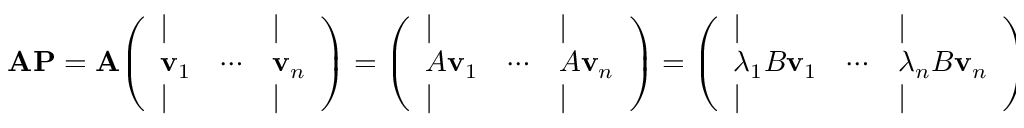
\mathbf { A } \mathbf { P } = \mathbf { A } { \left( \begin{array} { l l l } { | } & { } & { | } \\ { \mathbf { v } _ { 1 } } & { \cdots } & { \mathbf { v } _ { n } } \\ { | } & { } & { | } \end{array} \right) } = { \left( \begin{array} { l l l } { | } & { } & { | } \\ { A \mathbf { v } _ { 1 } } & { \cdots } & { A \mathbf { v } _ { n } } \\ { | } & { } & { | } \end{array} \right) } = { \left( \begin{array} { l l l } { | } & { } & { | } \\ { \lambda _ { 1 } B \mathbf { v } _ { 1 } } & { \cdots } & { \lambda _ { n } B \mathbf { v } _ { n } } \\ { | } & { } & { | } \end{array} \right) } = { \left( \begin{array} { l l l } { | } & { } & { | } \\ { B \mathbf { v } _ { 1 } } & { \cdots } & { B \mathbf { v } _ { n } } \\ { | } & { } & { | } \end{array} \right) } \mathbf { D } = \mathbf { B } \mathbf { P } \mathbf { D }